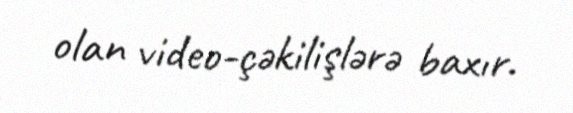
olan video-çəkilişlərə baxır.